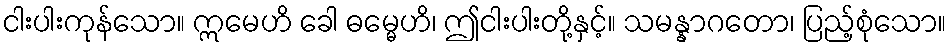
ငါးပါးကုန်သော။ ဣမေဟိ ခေါ ဓမ္မေဟိ၊ ဤငါးပါးတို့နှင့်။ သမန္နာဂတော၊ ပြည့်စုံသော။